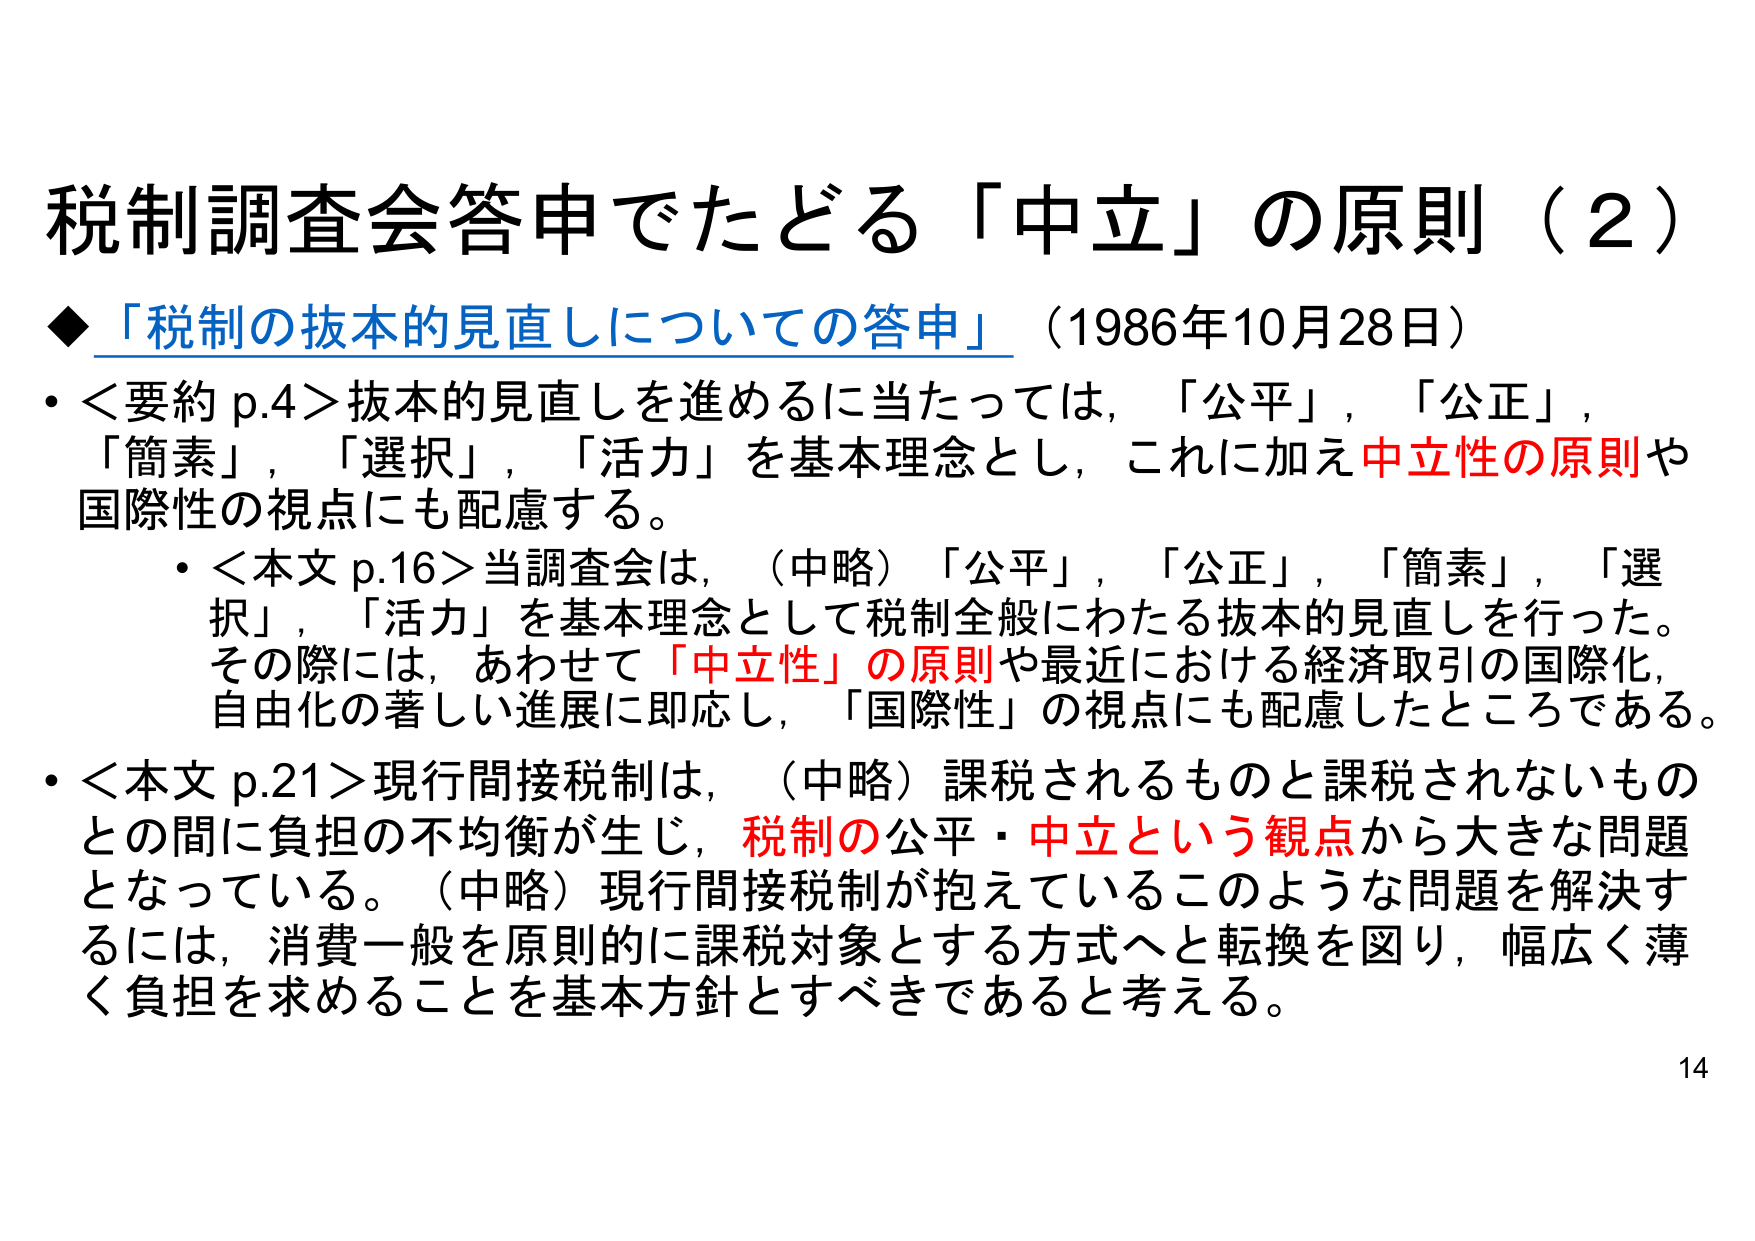
税制調査会答申でたどる「中立」の原則（2）

◆「税制の抜本的見直しについての答申」（1986年10月28日）

・＜要約 p.4＞抜本的見直しを進めるに当たっては，「公平」，「公正」，「簡素」，「選択」，「活力」を基本理念とし，これに加え中立性の原則や国際性の視点にも配慮する。

　・＜本文 p.16＞当調査会は，（中略）「公平」，「公正」，「簡素」，「選択」，「活力」を基本理念として税制全般にわたる抜本的見直しを行った。その際には，あわせて「中立性」の原則や最近における経済取引の国際化，自由化の著しい進展に即応し，「国際性」の視点にも配慮したところである。

・＜本文 p.21＞現行間接税制は，（中略）課税されるものと課税されないものとの間に負担の不均衡が生じ，税制の公平・中立という観点から大きな問題となっている。（中略）現行間接税制が抱えているこのような問題を解決するには，消費一般を原則的に課税対象とする方式へと転換を図り，幅広く薄く負担を求めることを基本方針とすべきであると考える。

14